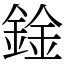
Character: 鍂